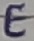
Text: E